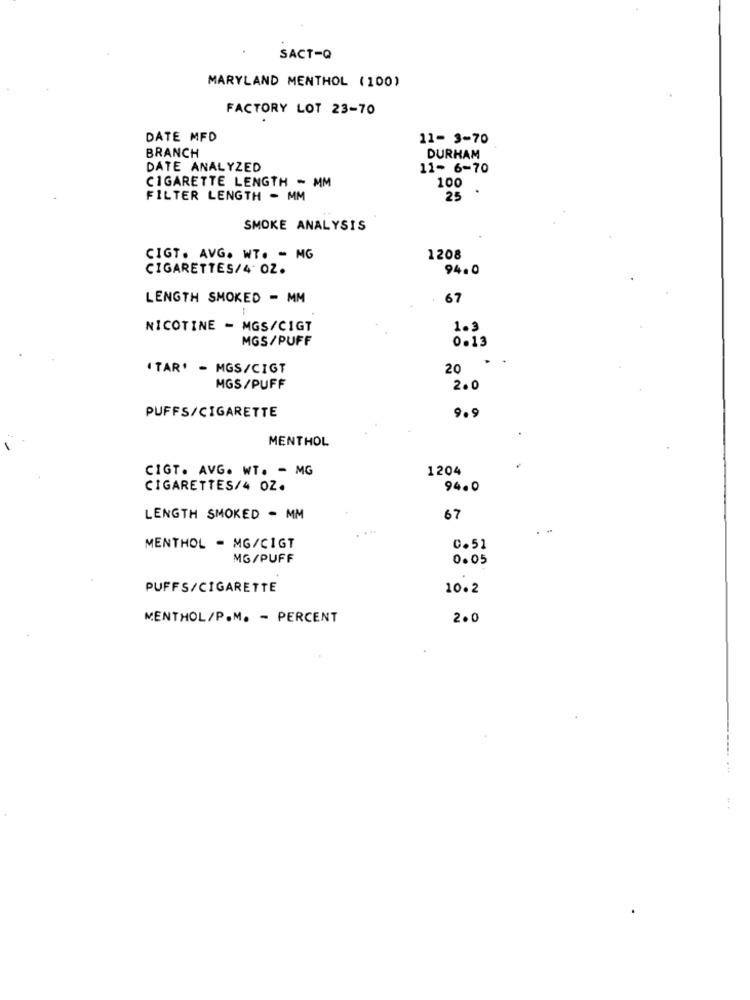
SACT-Q
MARYLAND MENTHOL (100)
FACTORY LOT 23-70
DATE MFD
11- 3-70
BRANCH
DURHAM
DATE ANALYZED
11- 6-70
CIGARETTE LENGTH - MM
100
FILTER LENGTH - MM
25
SMOKE ANALYSIS
CIGT. AVG. WT. - MG
1208
CIGARETTES/4 OZ.
94.0
LENGTH SMOKED - MM
67
NICOTINE - MGS/CIGT
1.3
MGS/PUFF
0.13
.
"TAR' - MGS/CIGT
20
MGS/PUFF
2.0
PUFFS/CIGARETTE
9.9
MENTHOL
CIGT. AVG. WT. - MG
1204
CIGARETTES/4 OZ.
94.0
LENGTH SMOKED - MM
67
MENTHOL - MG/CIGT
0.51
MG/PUFF
0.05
PUFFS/CIGARETTE
10.2
MENTHOL/P.M. - PERCENT
2.0